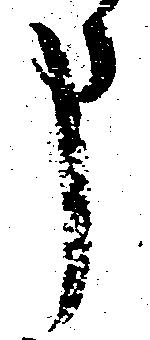
申